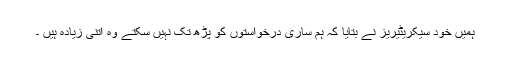
ہمیں خود سیکریٹیریز نے بتایا کہ ہم ساری درخواستوں کو پڑھ تک نہیں سکتے وہ اتنی زیادہ ہیں ۔